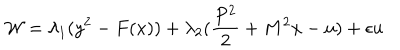
LaTeX: { \cal W } = \lambda _ { 1 } ( y ^ { 2 } - F ( x ) ) + \lambda _ { 2 } ( \frac { P ^ { 2 } } { 2 } + M ^ { 2 } x - u ) + \epsilon u